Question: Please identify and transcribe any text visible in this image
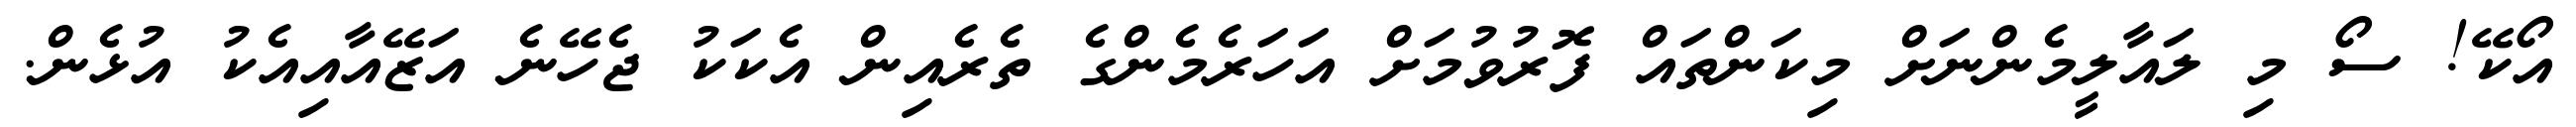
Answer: އޯކޭ! ސޯ މި ލައާލީމެންނަށް މިކަންތައް ފޮރުވުމަށް އަހަރެމެންގެ ތެރެއިން އެކަކު ޖެހޭނެ އަޒޭއާއިއެކު އުޅެން.